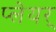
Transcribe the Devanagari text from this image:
प्लेयर्